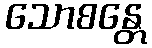
သောစန္တေ